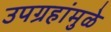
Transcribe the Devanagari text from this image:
उपग्रहांमुळे